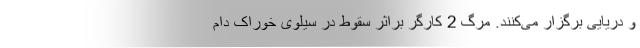
و دریایی برگزار می‌کنند. مرگ 2 کارگر براثر سقوط در سیلوی خوراک دام